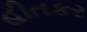
હીતકર